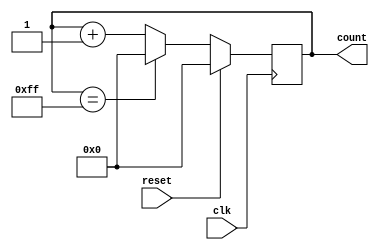
module counter (
    input wire clk,
    input wire reset,
    output reg [7:0] count
);

always @(posedge clk) begin
    if (reset) begin
        count <= 8'b0;
    end else begin
        if (count == 8'hFF) begin
            count <= 8'b0;
        end else begin
            count <= count + 1;
        end
    end
end

endmodule